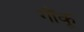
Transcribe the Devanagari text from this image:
गौंकू